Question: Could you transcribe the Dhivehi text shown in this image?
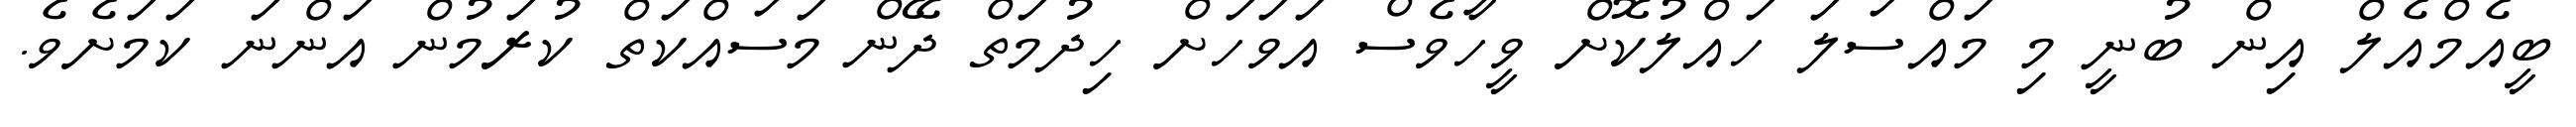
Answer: ބީއެމްއެލް އިން ބުނީ މި މައްސަލަ ހައްލުކޮށް ވީހާވެސް އަވަހަށް ހިދުމަތް ދޭން މަސައްކަތް ކުރަމުން އަންނަ ކަމަށެވެ.